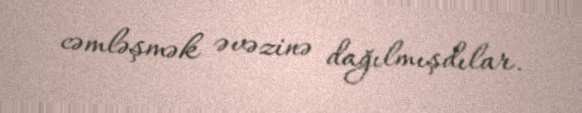
cəmləşmək əvəzinə dağılmışdılar.